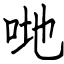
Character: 哋